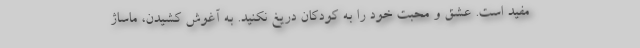
مفید است. عشق و محبت خود را به کودکان دریغ نکنید. به آغوش کشیدن، ماساژ